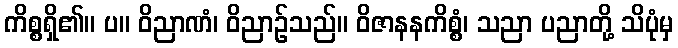
ကိစ္စရှိ၏။ ပ။ ဝိညာဏံ၊ ဝိညာဉ်သည်။ ဝိဇာနနကိစ္စံ၊ သညာ ပညာတို့ သိပုံမှ